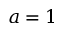
a = 1